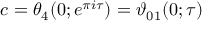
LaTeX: c = \theta _ { 4 } ( 0 ; e ^ { \pi i \tau } ) = \vartheta _ { 0 1 } ( 0 ; \tau )